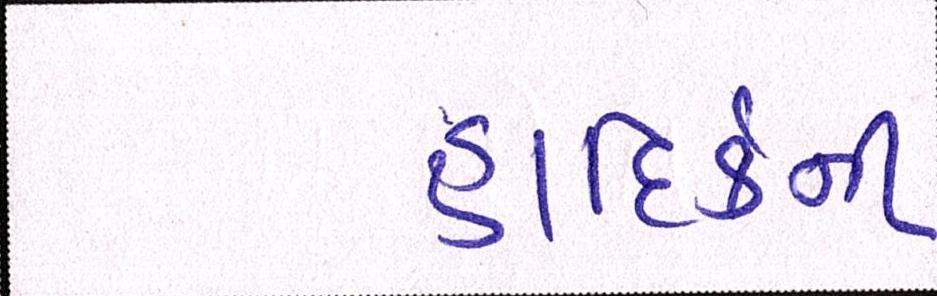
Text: હાદિર્કની